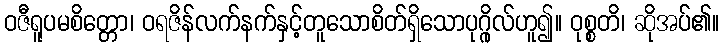
ဝဇီရူပမစိတ္တော၊ ဝရဇိန်လက်နက်နှင့်တူသောစိတ်ရှိသောပုဂ္ဂိုလ်ဟူ၍။ ဝုစ္စတိ၊ ဆိုအပ်၏။